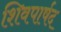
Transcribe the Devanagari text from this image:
शिवपार्षद